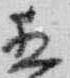
直